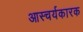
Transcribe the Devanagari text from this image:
आस्चर्यकारक